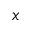
x